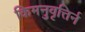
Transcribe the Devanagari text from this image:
किमनुवृत्तिर्न